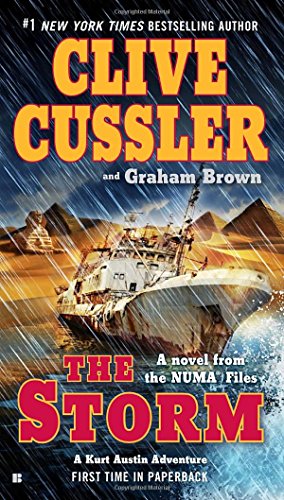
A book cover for The Storm (The NUMA Files); Clive Cussler; Literature & Fiction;